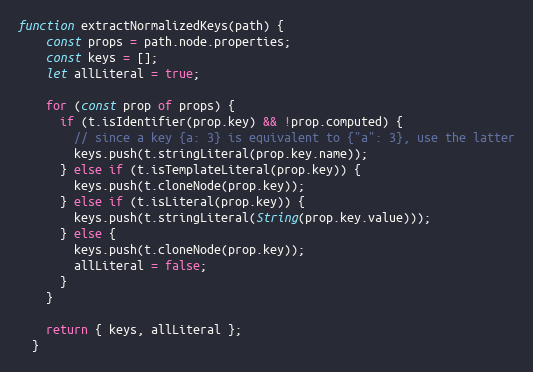
Language: JavaScript
function extractNormalizedKeys(path) {
    const props = path.node.properties;
    const keys = [];
    let allLiteral = true;

    for (const prop of props) {
      if (t.isIdentifier(prop.key) && !prop.computed) {
        // since a key {a: 3} is equivalent to {"a": 3}, use the latter
        keys.push(t.stringLiteral(prop.key.name));
      } else if (t.isTemplateLiteral(prop.key)) {
        keys.push(t.cloneNode(prop.key));
      } else if (t.isLiteral(prop.key)) {
        keys.push(t.stringLiteral(String(prop.key.value)));
      } else {
        keys.push(t.cloneNode(prop.key));
        allLiteral = false;
      }
    }

    return { keys, allLiteral };
  }